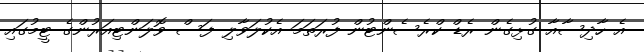
އެ ހާދިސާއާ ގުޅިގެން ރެޑް ކްރެސެންޓުން ފުރަތަމަ އެކުލަވާލި ފަސް ވޮލަންޓިއަރުންގެ ޓީމުގައި